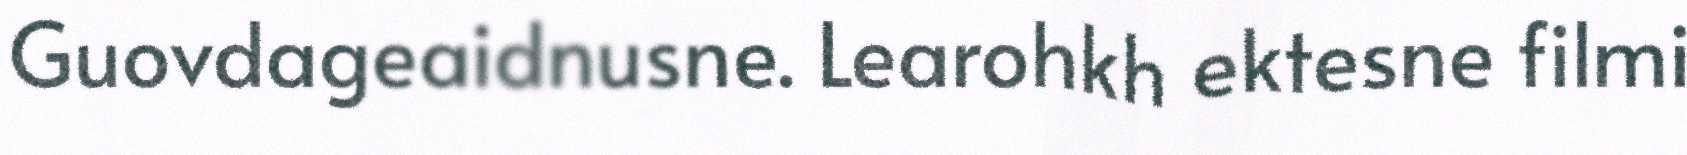
Guovdageaidnusne. Learohkh ektesne filmi